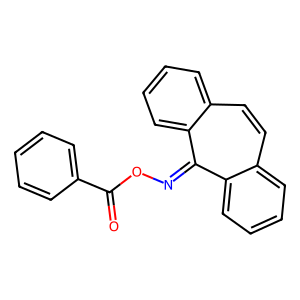
SMILES: O=C(ON=c1c2ccccc2ccc2ccccc12)c1ccccc1
Inhibits HIV replication: No